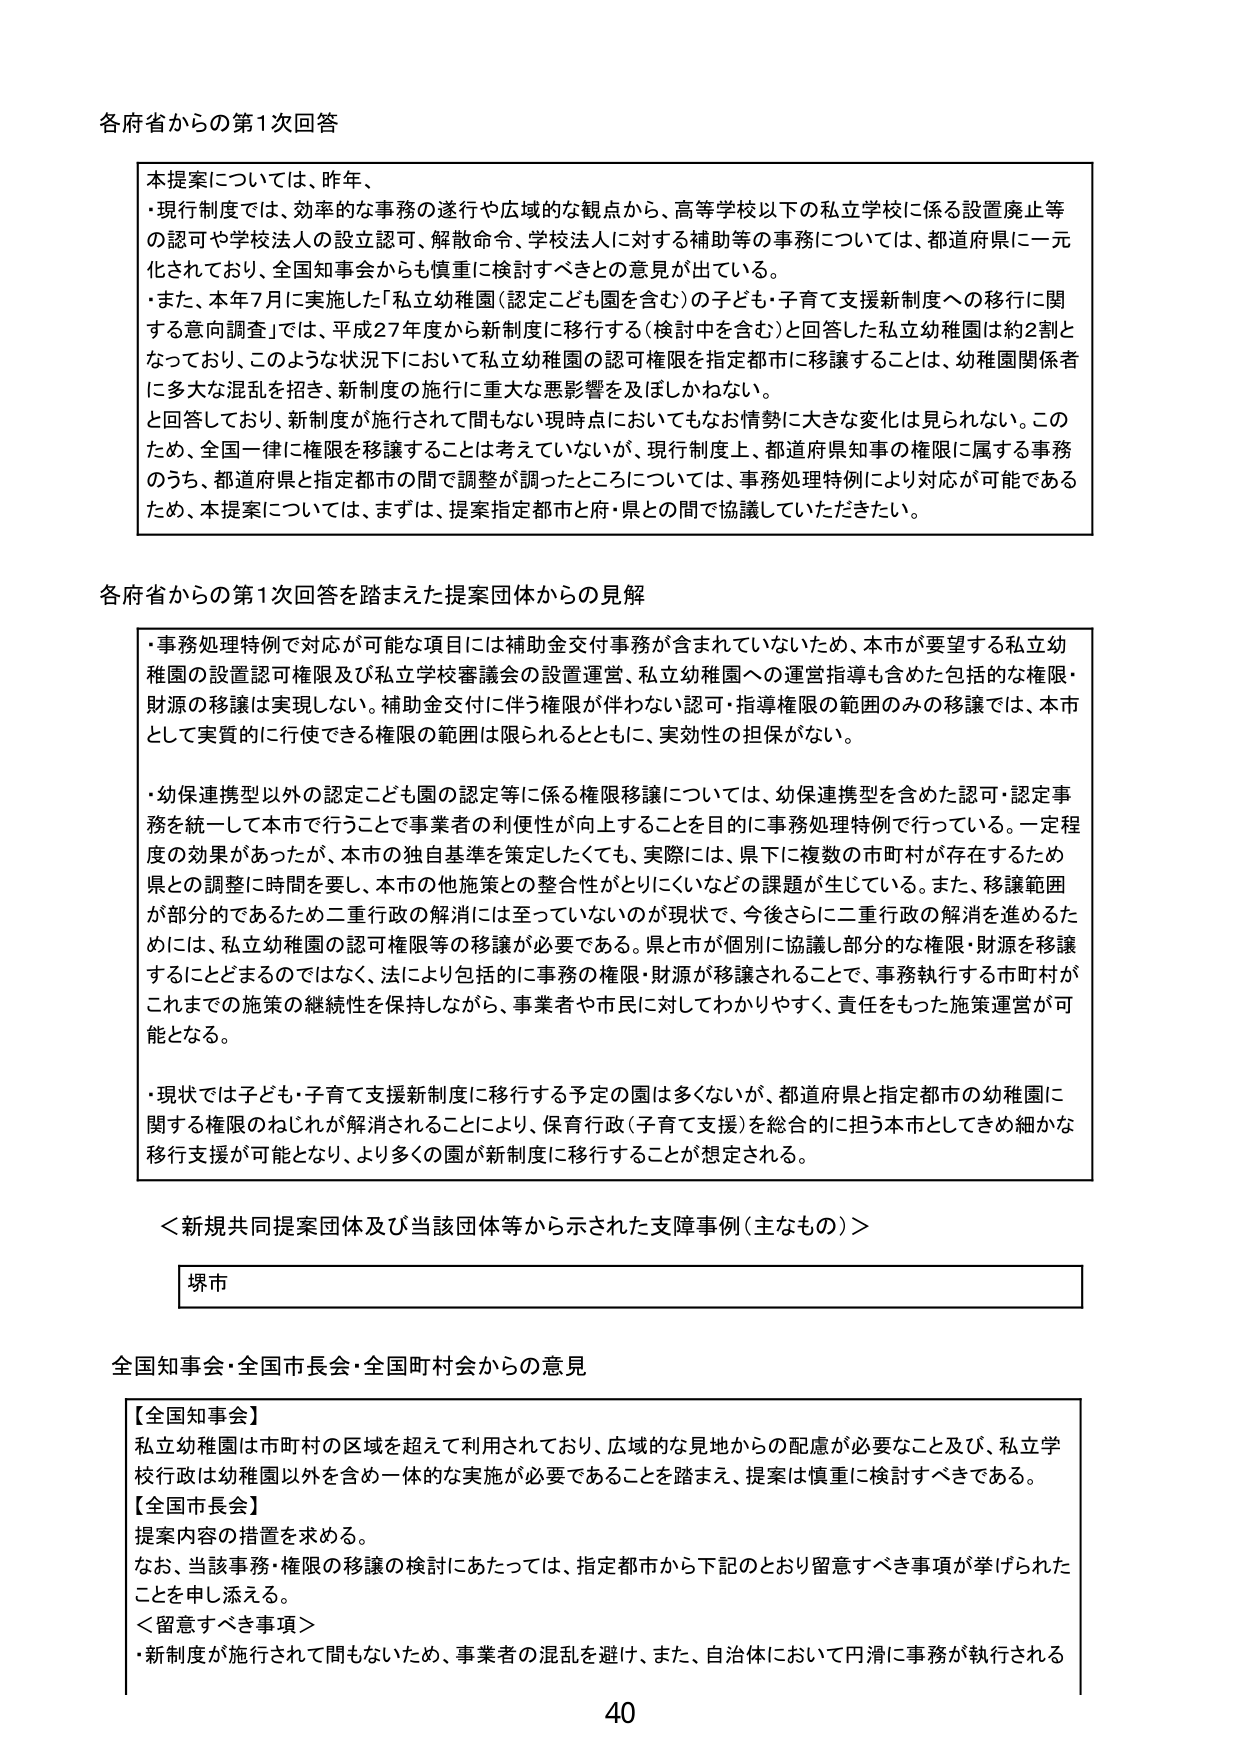
各府省からの第1次回答

本提案については、昨年、
・現行制度では、効率的な事務の遂行や広域的な観点から、高等学校以下の私立学校に係る設置廃止等の認可や学校法人の設立認可、解散命令、学校法人に対する補助等の事務については、都道府県に一元化されており、全国知事会からも慎重に検討すべきとの意見が出ている。
・また、本年7月に実施した「私立幼稚園（認定こども園を含む）の子ども・子育て支援新制度への移行に関する意向調査」では、平成27年度から新制度に移行する（検討中を含む）と回答した私立幼稚園は約2割となっており、このような状況下において私立幼稚園の認可権限を指定都市に移譲することは、幼稚園関係者に多大な混乱を招き、新制度の施行に重大な悪影響を及ぼしかねない。
と回答しており、新制度が施行されて間もない現時点においてもなお情勢に大きな変化は見られない。このため、全国一律に権限を移譲することは考えていないが、現行制度上、都道府県知事の権限に属する事務のうち、都道府県と指定都市の間で調整が調ったところについては、事務処理特例により対応が可能であるため、本提案については、まずは、提案指定都市と府・県との間で協議していただきたい。

各府省からの第1次回答を踏まえた提案団体からの見解

・事務処理特例で対応が可能な項目には補助金交付事務が含まれていないため、本市が要望する私立幼稚園の設置認可権限及び私立学校審議会の設置運営、私立幼稚園への運営指導も含めた包括的な権限・財源の移譲は実現しない。補助金交付に伴う権限が伴わない認可・指導権限の範囲のみの移譲では、本市として実質的に行使できる権限の範囲は限られるとともに、実効性の担保がない。

・幼保連携型以外の認定こども園の認定等に係る権限移譲については、幼保連携型を含めた認可・認定事務を統一して本市で行うことで事業者の利便性が向上することを目的に事務処理特例で行っている。一定程度の効果があったが、本市の独自基準を策定したくても、実際には、県下に複数の市町村が存在するため県との調整に時間を要し、本市の他施策との整合性がとりにくいなどの課題が生じている。また、移譲範囲が部分的であるため二重行政の解消には至っていないのが現状で、今後さらに二重行政の解消を進めるためには、私立幼稚園の認可権限等の移譲が必要である。県と市が個別に協議し部分的な権限・財源を移譲することとどまることではなく、法により包括的に事務の権限・財源が移譲されることで、事務執行する市町村がこれまでの施策の継続性を保持しながら、事業者や市民に対してわかりやすく、責任をもった施策運営が可能となる。

・現状では子ども・子育て支援新制度に移行する予定の園は多くないが、都道府県と指定都市の幼稚園に関する権限のねじれが解消されることにより、保育行政（子育て支援）を総合的に担う本市としてきめ細かな移行支援が可能となり、より多くの園が新制度に移行することが想定される。

＜新規共同提案団体及び当該団体等から示された支障事例（主なもの）＞

堺市

全国知事会・全国市長会・全国町村会からの意見

【全国知事会】
私立幼稚園は市町村の区域を超えて利用されており、広域的な見地からの配慮が必要なこと及び、私立学校行政は幼稚園以外を含め一体的な実施が必要であることを踏まえ、提案は慎重に検討すべきである。

【全国市長会】
提案内容の措置を求める。
なお、当該事務・権限の移譲の検討にあたっては、指定都市から下記のとおり留意すべき事項が挙げられたことを申し添える。
＜留意すべき事項＞
・新制度が施行されて間もないため、事業者の混乱を避け、また、自治体において円滑に事務が執行される

40